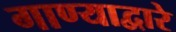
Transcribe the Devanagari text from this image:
गाण्याद्वारे